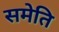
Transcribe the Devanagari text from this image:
समेति